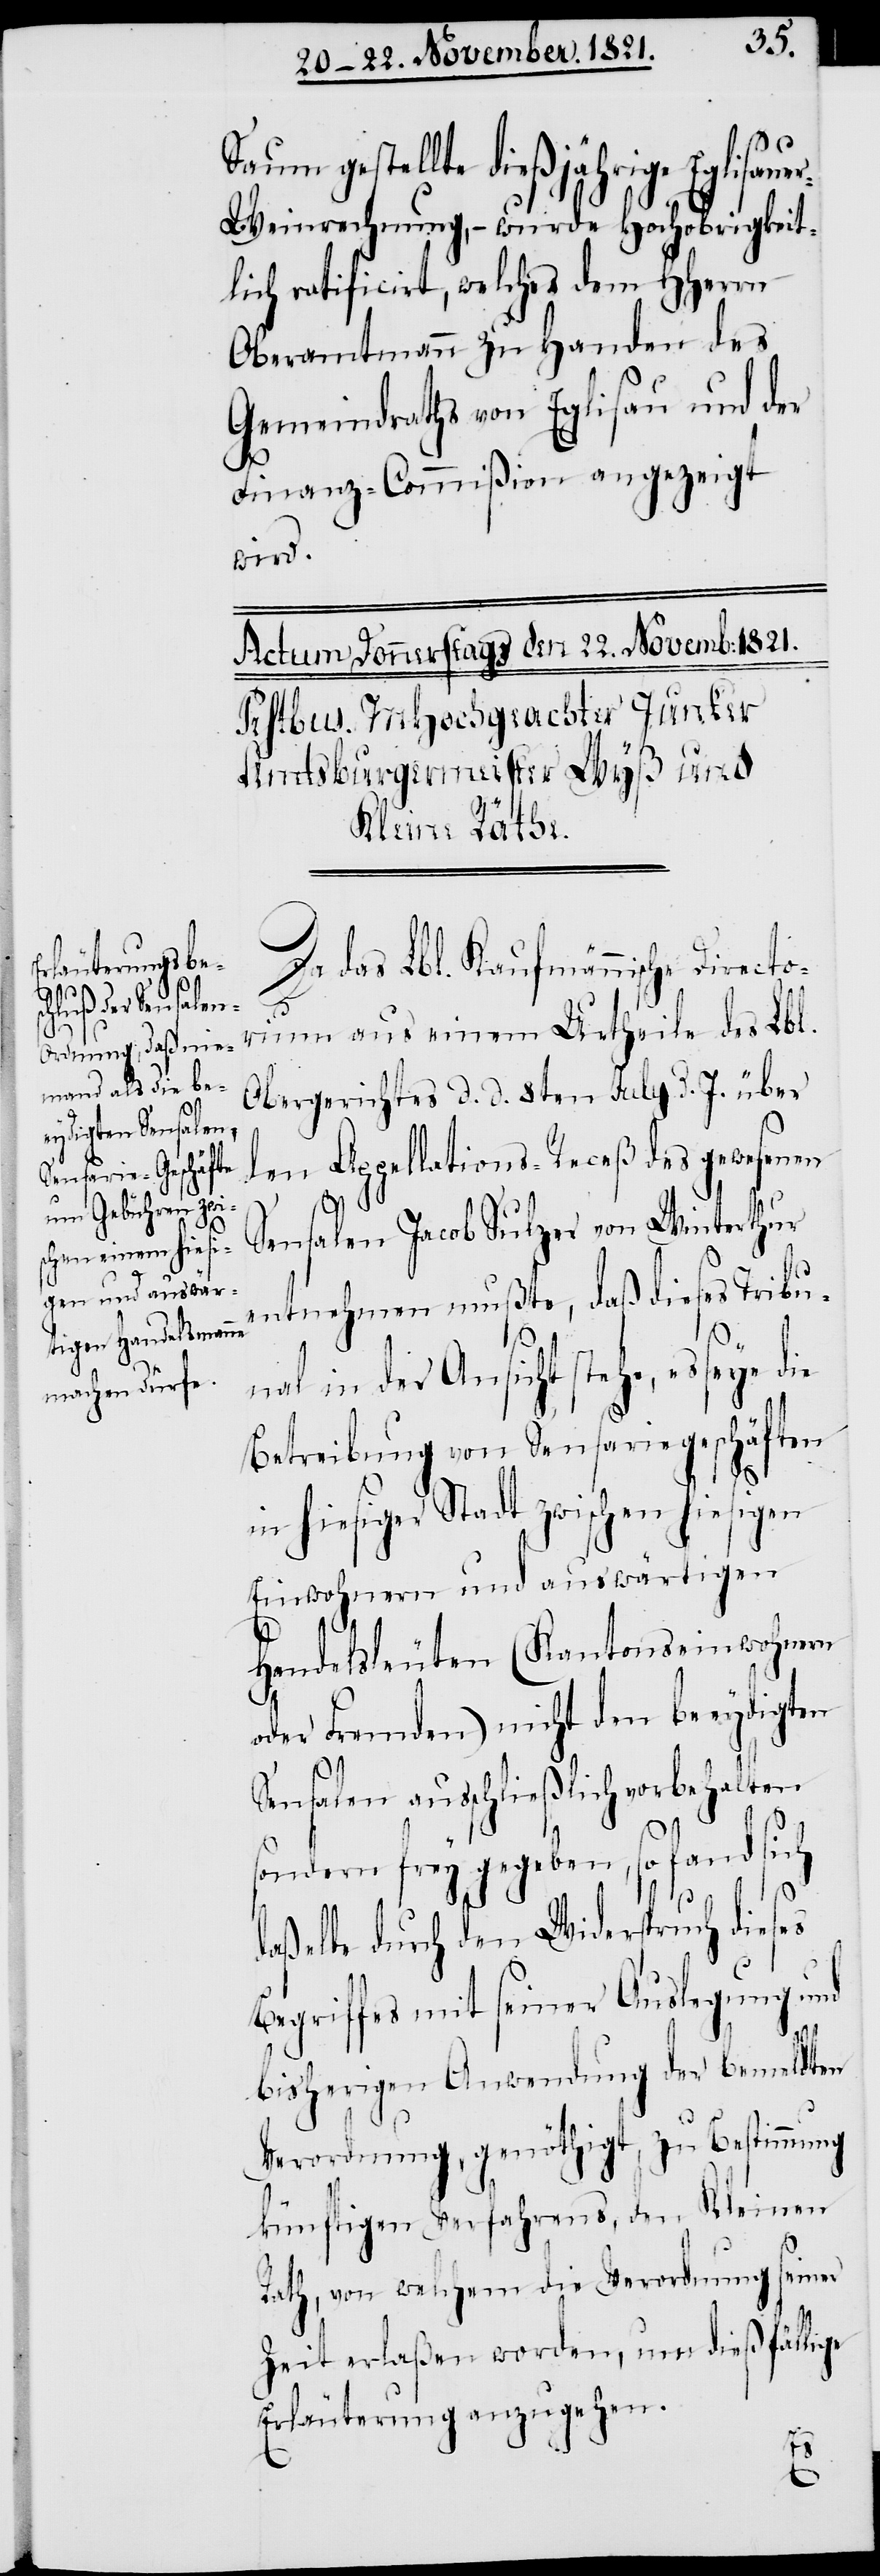
Saum gestellte dießjährige Eglisaue¬
r-Weinrechnung, – wurde Hochobrigkeit¬
lich ratificirt, welches dem HHerrn
Oberamtmann zu Handen des
Gemeindraths von Eglisau und der
Finanz-Commißion angezeigt
wird.
Da das Lbl. Kaufmännische Directo¬
rium aus einem Urtheile des Lbl.
Obergerichtes d. d. 8ten July d. J. über
den Appellations-Receß des gewesenen
Sensalen Jacob Sulzer von Winterthur
entnehmen mußte, daß dieses Tribu¬
nal in der Ansicht stehe, es seye die
Betreibung von Sensariegeschäften
in hiesiger Stadt zwischen hiesigen
Einwohnern und auswärtigen
Handelsleuten (Kantonseinwohnern
oder Fremden) nicht den beeydigten
Sensalen ausschließlich vorbehalten
sondern frey gegeben, so fand sich
daßelbe durch den Widerspruch dieses
Begriffes mit seiner Auslegung und
bisherigen Anwendung der bemeldten
Verordnung, genöthigt, zu Bestimmung
künftigen Verfahrens, den Kleinen
Rath, von welchem die Verordnung seiner
Zeit erlaßen worden, um dießfällige
Erläuterung anzugehen.